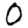
Digit: 0